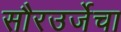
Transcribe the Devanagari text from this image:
सौरउर्जेचा